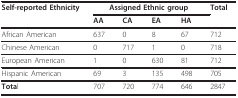
| Self-reported Ethnicity | <COLSPAN=4> Assigned Ethnic group | Total |
 |  | AA | CA | EA | HA |  |
 | --- | --- | --- | --- | --- | --- |
 | African American | 637 | 0 | 8 | 67 | 712 |
 | Chinese American | 0 | 717 | 1 | 0 | 718 |
 | European American | 1 | 0 | 630 | 81 | 712 |
 | Hispanic American | 69 | 3 | 135 | 498 | 705 |
 | Total | 707 | 720 | 774 | 646 | 2847 |